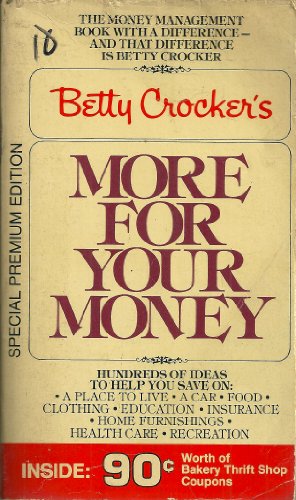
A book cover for Betty Crocker's more for your money: Hundreds of ideas to help you save on: a place to live, a car, food, clothing, education, insurance, home furnishings, health care, recreation; Betty Crocker; Engineering & Transportation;